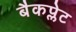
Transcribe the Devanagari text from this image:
बैकप्लेट